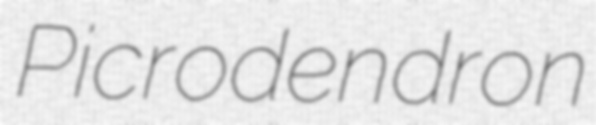
Picrodendron